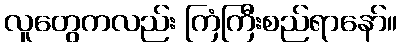
လူတွေကလည်း ကြံကြီးစည်ရာနော်။